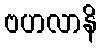
ဗဟလာနိ